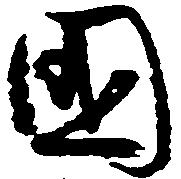
国